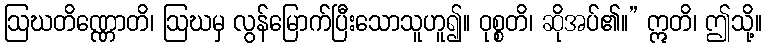
ဩဃတိဏ္ဏောတိ၊ ဩဃမှ လွန်မြောက်ပြီးသောသူဟူ၍။ ဝုစ္စတိ၊ ဆိုအပ်၏။” ဣတိ၊ ဤသို့။